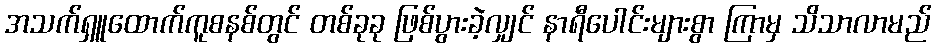
အသက်ရှူထောက်ကူစနစ်တွင် တစ်ခုခု ဖြစ်ပွားခဲ့လျှင် နာရီပေါင်းများစွာ ကြာမှ သိသာလာမည်